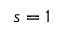
s = 1